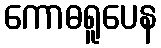
ကောဓရူပေန